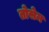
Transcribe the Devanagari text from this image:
तोसेम